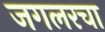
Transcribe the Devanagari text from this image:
जगलरचा